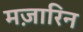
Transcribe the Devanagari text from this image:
मज़ारिन